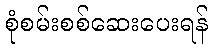
စုံစမ်းစစ်ဆေးပေးရန်